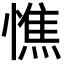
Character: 憔